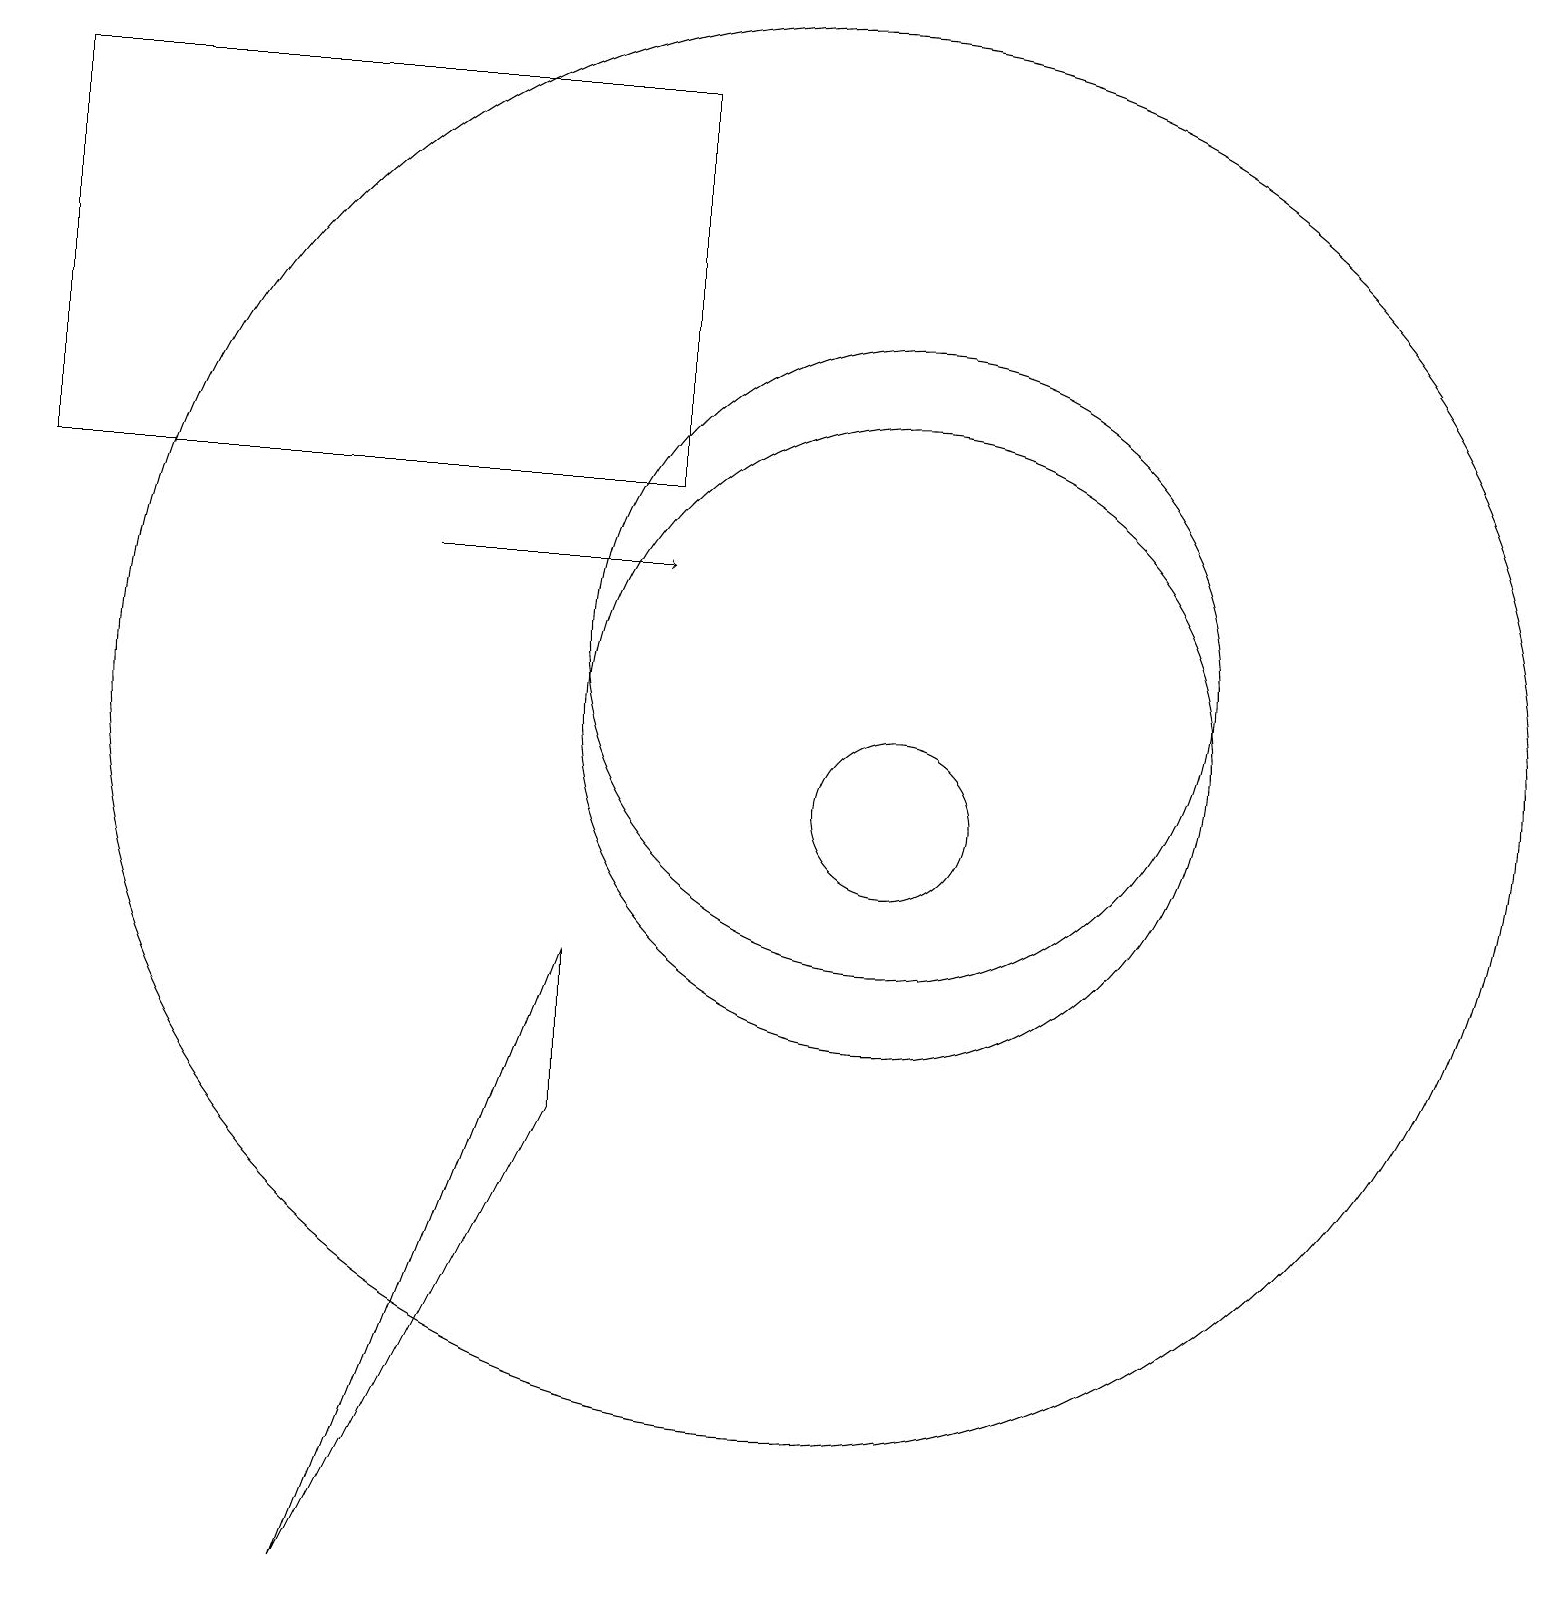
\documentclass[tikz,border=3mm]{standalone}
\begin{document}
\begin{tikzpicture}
\draw (11,12) circle (4);
\draw (10,11) circle (9);
\draw (7,8) -- (7,6) -- (4,0) -- cycle;
\draw (11,10) circle (1);
\draw (11,11) circle (4);
\draw (0,19) rectangle (8,14);
\draw[->] (5,13) -- (8,13);
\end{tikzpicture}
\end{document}